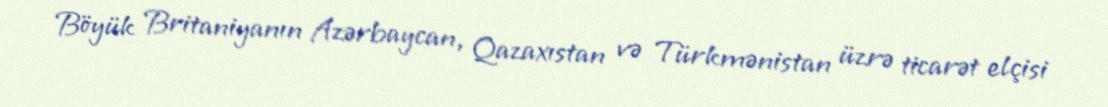
Böyük Britaniyanın Azərbaycan, Qazaxıstan və Türkmənistan üzrə ticarət elçisi